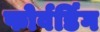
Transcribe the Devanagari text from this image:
फोर्वर्डिंग